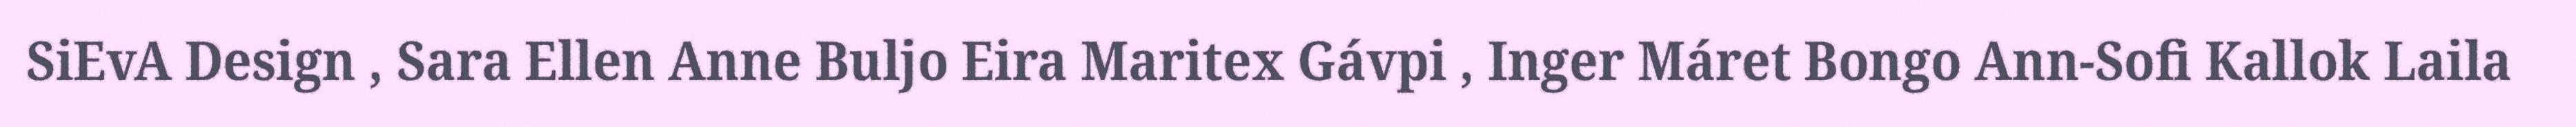
SiEvA Design , Sara Ellen Anne Buljo Eira Maritex Gávpi , Inger Máret Bongo Ann-Sofi Kallok Laila